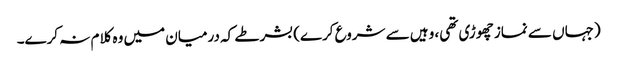
(جہاں سے نماز چھوڑی تھی، وہیں سے شروع کرے) بشرطے کہ درمیان میں وہ کلام نہ کرے۔